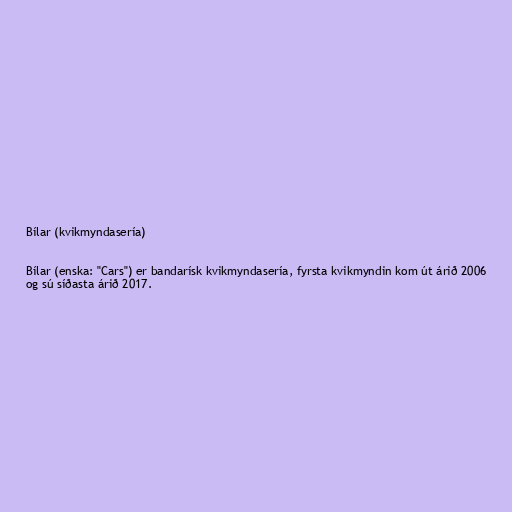
Bílar (kvikmyndasería)

Bílar (enska: "Cars") er bandarísk kvikmyndasería, fyrsta kvikmyndin kom út árið 2006
og sú síðasta árið 2017.